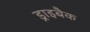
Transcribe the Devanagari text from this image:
ड्राइबैक